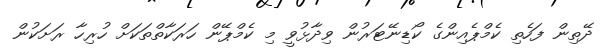
ދޭތިން ފަހެތި ކެމްޕެއިންގެ ކޯޑިނޭޓަރުން ވިދާޅުވީ މި ކެމްޕޭން ހަރަކާތްތަކަށް ހުރިހާ ރަށަކުން